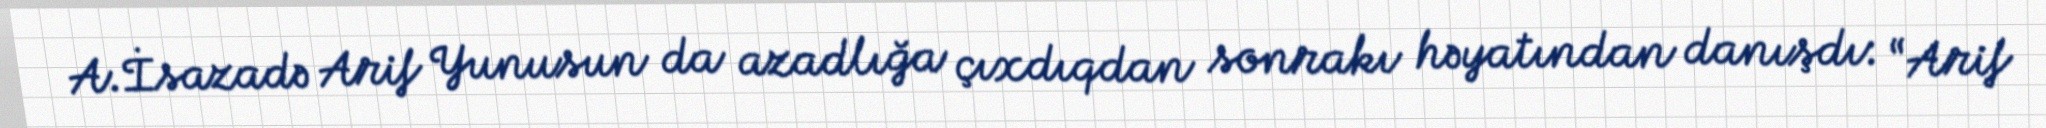
A.İsazadə Arif Yunusun da azadlığa çıxdıqdan sonrakı həyatından danışdı: “Arif